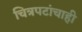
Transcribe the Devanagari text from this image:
चित्रपटांचाही